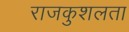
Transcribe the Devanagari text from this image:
राजकुशलता